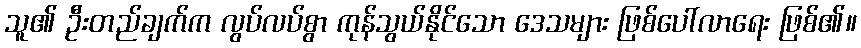
သူ၏ ဦးတည်ချက်က လွပ်လပ်စွာ ကုန်သွယ်နိုင်သော ဒေသများ ဖြစ်ပေါ်လာရေး ဖြစ်၏။